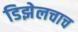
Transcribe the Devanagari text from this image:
डिझेलचाच